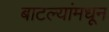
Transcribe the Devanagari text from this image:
बाटल्यांमधून